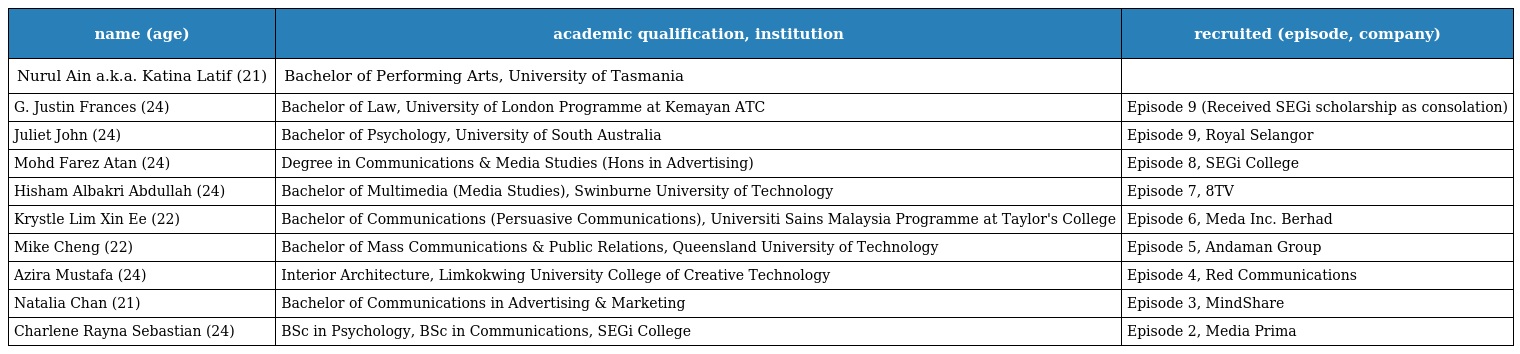
| name (age) | academic qualification, institution | recruited (episode, company) |
 | --- | --- | --- |
 | Nurul Ain a.k.a. Katina Latif (21) | Bachelor of Performing Arts, University of Tasmania |  |
 | G. Justin Frances (24) | Bachelor of Law, University of London Programme at Kemayan ATC | Episode 9 (Received SEGi scholarship as consolation) |
 | Juliet John (24) | Bachelor of Psychology, University of South Australia | Episode 9, Royal Selangor |
 | Mohd Farez Atan (24) | Degree in Communications & Media Studies (Hons in Advertising) | Episode 8, SEGi College |
 | Hisham Albakri Abdullah (24) | Bachelor of Multimedia (Media Studies), Swinburne University of Technology | Episode 7, 8TV |
 | Krystle Lim Xin Ee (22) | Bachelor of Communications (Persuasive Communications), Universiti Sains Malaysia Programme at Taylor's College | Episode 6, Meda Inc. Berhad |
 | Mike Cheng (22) | Bachelor of Mass Communications & Public Relations, Queensland University of Technology | Episode 5, Andaman Group |
 | Azira Mustafa (24) | Interior Architecture, Limkokwing University College of Creative Technology | Episode 4, Red Communications |
 | Natalia Chan (21) | Bachelor of Communications in Advertising & Marketing | Episode 3, MindShare |
 | Charlene Rayna Sebastian (24) | BSc in Psychology, BSc in Communications, SEGi College | Episode 2, Media Prima |